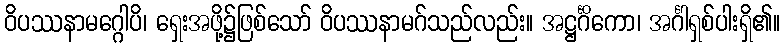
ဝိပဿနာမဂ္ဂေါပိ၊ ရှေးအဖို့၌ဖြစ်သော် ဝိပဿနာမဂ်သည်လည်း။ အဋ္ဌင်္ဂိကော၊ အင်္ဂါရှစ်ပါးရှိ၏။